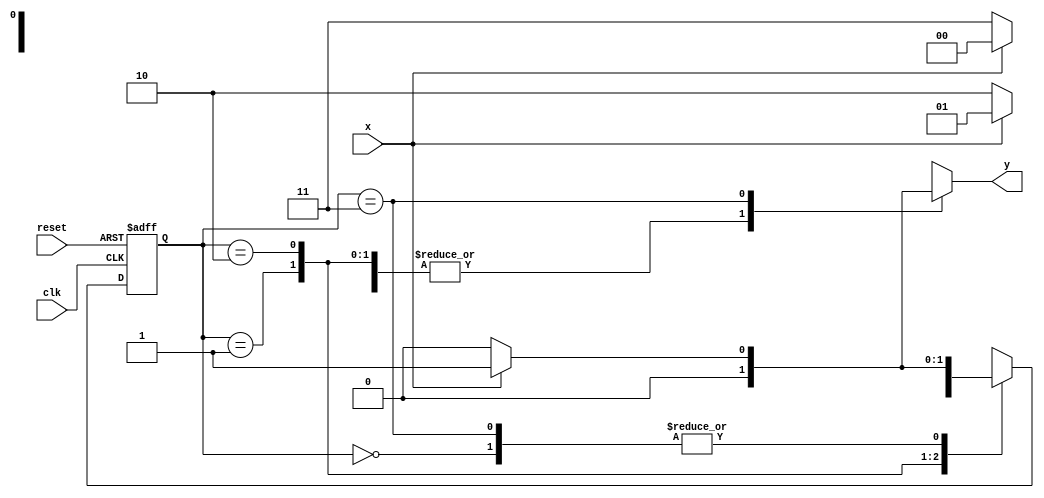
// Nome: Andre Sulivam 391998
// Guia 11 ex03 



`define found    1
`define notfound 0


module exe03 ( y, x, clk, reset );
 output y;
 input  x;
 input  clk;
 input  reset;

 reg    y;

 parameter         
   start  = 2'b00,
   id1    = 2'b01,
   id10   = 2'b10,
	id100  = 2'b11;
   

   reg [1:0] E1;	
   reg [1:0] E2;	


   always @( x or E1 )
    begin
     y = `notfound;
     case ( E1 )
      start:
        if ( x )
         E2 = id1;
        else
         E2 = start;
      id1:
        if ( x )
         E2 = id1;
        else
         E2 = id10;
      id10:
        if ( x )
         E2 = start;
        else
         E2 = id100;
      id100:
        if ( x )  
	 			begin
					E2 =  id1;
					y  = `found;
	 			end
			else
	 			begin
	   			E2 =  start;
	   			y  = `notfound;
	 			end
      default:   
           E2 =  2'bxx;
      endcase
    end 


   always @( posedge clk or negedge reset )
    begin
     if ( reset )
      E1 = E2;  
     else
      E1 = 0;    
    end 

endmodule //exe03


module teste;
 reg   clk, reset, x;
 wire  e03;

 exe03 exe3 ( e03, x, clk, reset );

 initial
  begin
   $display("Andre Sulivam 391998");
$display("Guia 11 Ex:01\n");
   $display ( "Time     X   Exe03" );


       clk   = 1;
       reset = 0;
       x     = 0;


  #5   reset = 1;
  #10  x = 1;
  #10  x = 0;
  #10  x = 0;
  #10  x = 1;
  #10  x = 0;
  #10  x = 1;
  #10  x = 0;
  #10  x = 1;

  #30 $finish;
 end

 always
  #5 clk = ~clk;

 always @( posedge clk )
  begin
   $display ( "%4d  %4b  %4b", $time, x, e03 );
  end 

endmodule

/* 	TESTE

    
    Andre Sulivam 391998
    Guia 11 Ex:01
    
    Time     X   Exe03
      10     0     0
      20     1     0
      30     0     0
      40     0     0
      50     1     1
      60     0     0
      70     1     0
      80     0     0
      90     1     0
     100     1     0
     110     1     0
     
     */